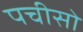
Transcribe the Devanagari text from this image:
पचीसो